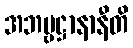
အဘဗ္ဗဋ္ဌာနာနီတိ